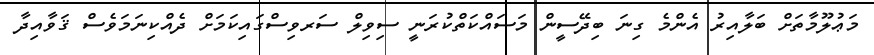
މަޢުލޫމާތަށް ބަލާއިރު އެންމެ ގިނަ ބިދޭސީން މަސައްކަތްކުރަނީ ސިވިލް ސަރވިސްގައިކަމަށް ދެއްކިނަމަވެސް ޤަވާއިދާ